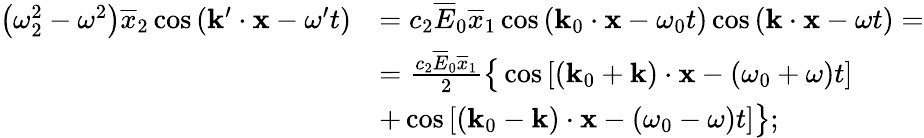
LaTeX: \begin{array}{rl}{\left(\omega_{2}^{2}-\omega^{2}\right)\overline{{x}}_{2}\cos\left(\mathbf{k}^{\prime}\cdot\mathbf{x}-\omega^{\prime}t\right)}&{=c_{2}\overline{{E}}_{0}\overline{{x}}_{1}\cos\left(\mathbf{k}_{0}\cdot\mathbf{x}-\omega_{0}t\right)\cos\left(\mathbf{k}\cdot\mathbf{x}-\omega t\right)=}\\ &{=\frac{c_{2}\overline{{E}}_{0}\overline{{x}}_{1}}{2}\big\{ \cos\left[\left(\mathbf{k}_{0}+\mathbf{k}\right)\cdot\mathbf{x}-\left(\omega_{0}+\omega\right)t\right]}\\ &{+\cos\left[\left(\mathbf{k}_{0}-\mathbf{k}\right)\cdot\mathbf{x}-\left(\omega_{0}-\omega\right)t\right]\big\} ;}\end{array}